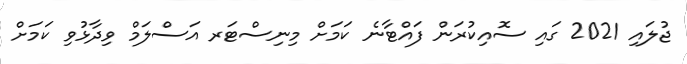
ޖުލައި 2021 ގައި ސޮއިކުރަން ފައްޓާނެ ކަމަށް މިނިސްޓަރ އަސްލަމް ވިދާޅުވި ކަމަށް